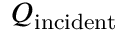
Q _ { \mathrm { i n c i d e n t } }